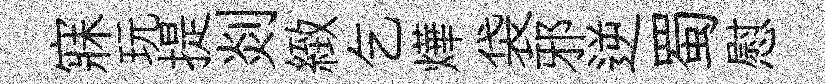
寐玩提剡緻乞燁袋邪逆蜀慰